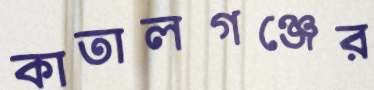
কাতালগঞ্জের